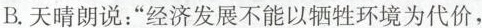
B.天晴朗说：”经济发展不能以牺牲环境为代价，